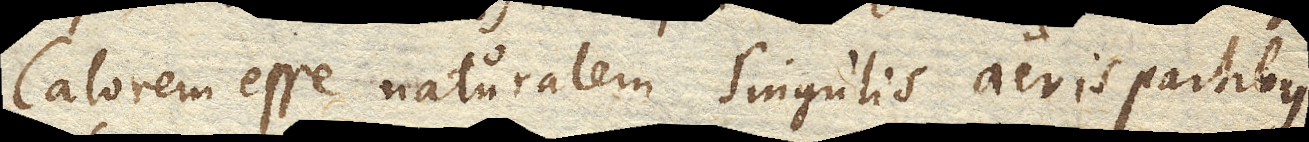
Calorem esse naturalem singulis aeris partibus